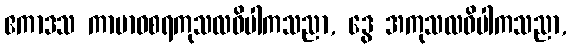
ဧကာဒသ ကာမာဝစရကုသလဝိပါကသညာ, ဒွေ အကုသလဝိပါကသညာ,